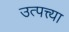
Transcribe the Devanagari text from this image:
उत्पत्त्या